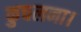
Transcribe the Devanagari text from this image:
कुचलना।